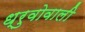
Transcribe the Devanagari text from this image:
ध्रुवोवाली